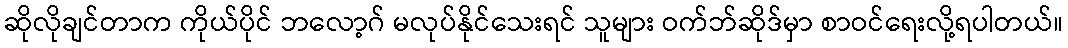
ဆိုလိုချင်တာက ကိုယ်ပိုင် ဘလော့ဂ် မလုပ်နိုင်သေးရင် သူများ ဝက်ဘ်ဆိုဒ်မှာ စာဝင်ရေးလို့ရပါတယ်။